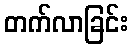
တက်လာခြင်း